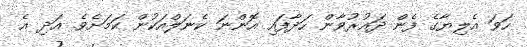
ހަވަ އެލިޔާގެ ފެން ދައުރުވާން ހަދާފައި އޮންނަ ކެނަލްއަކުން ކަމަށެވެ. އަދި އެ